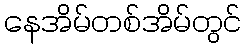
နေအိမ်တစ်အိမ်တွင်